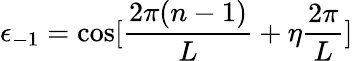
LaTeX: \epsilon_{-1}=\cos[\frac{2\pi(n-1)}{L}+\eta\frac{2\pi}{L}]